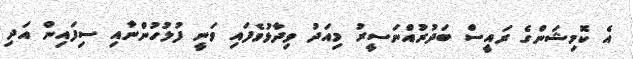
އެ ކޮމިޝަންގެ ރައީސް ބަދުރުއްނަސީރު މިއަދު ވިދާޅުވެފައި ވަނީ ފުލުހުންނާއި ސިފައިން އަދި